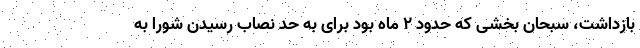
بازداشت، سبحان بخشی که حدود ۲ ماه بود برای به حد نصاب رسیدن شورا به